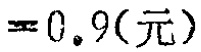
$= 0.9(\text{元})$